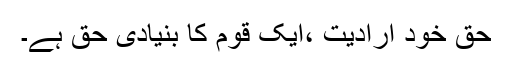
حق خود ارادیت ،ایک قوم کا بنیادی حق ہے۔